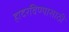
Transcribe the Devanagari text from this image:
हादरविण्यासाठी